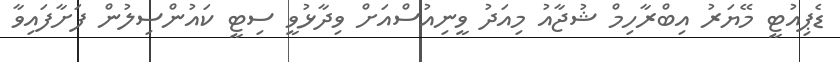
ޑެޕިއުޓީ މޭޔަރު އިބްރާހިމް ޝުޖާއު މިއަދު ވީނިއުސްއަށް ވިދާޅުވީ ސިޓީ ކައުންސިލުން ފަށާފައިވާ